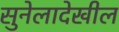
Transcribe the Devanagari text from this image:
सुनेलादेखील